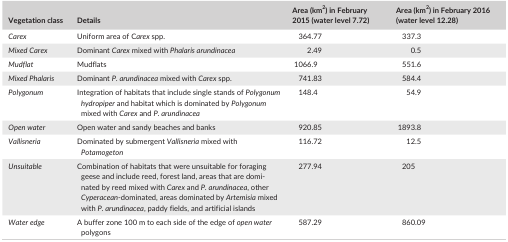
<table><thead><tr><td><b>Vegetation class</b></td><td><b>Details</b></td><td><b>Area (km<sup>2</sup>) in February 2015 (water level 7.72)</b></td><td><b>Area (km<sup>2</sup>) in February 2016 (water level 12.28)</b></td></tr></thead><tbody><tr><td><i>Carex</i></td><td>Uniform area of C<i>arex</i> spp.</td><td>364.77</td><td>337.3</td></tr><tr><td><i>Mixed Carex</i></td><td>Dominant <i>Carex</i> mixed with <i>Phalaris arundinacea</i></td><td>2.49</td><td>0.5</td></tr><tr><td><i>Mudflat</i></td><td>Mudflats</td><td>1066.9</td><td>551.6</td></tr><tr><td><i>Mixed Phalaris</i></td><td>Dominant <i>P. arundinacea</i> mixed with <i>Carex</i> spp.</td><td>741.83</td><td>584.4</td></tr><tr><td><i>Polygonum</i></td><td>Integration of habitats that include single stands of <i>Polygonum hydropiper</i> and habitat which is dominated by <i>Polygonum</i> mixed with <i>Carex</i> and <i>P. arundinacea</i></td><td>148.4</td><td>54.9</td></tr><tr><td><i>Open water</i></td><td>Open water and sandy beaches and banks</td><td>920.85</td><td>1893.8</td></tr><tr><td><i>Vallisneria</i></td><td>Dominated by submergent <i>Vallisneria</i> mixed with <i>Potamogeton</i></td><td>116.72</td><td>12.5</td></tr><tr><td><i>Unsuitable</i></td><td>Combination of habitats that were unsuitable for foraging geese and include reed, forest land, areas that are dominated by reed mixed with <i>Carex</i> and <i>P. arundinacea</i>, other <i>Cyperacean</i>‐dominated, areas dominated by <i>Artemisia</i> mixed with <i>P. arundinacea</i>, paddy fields, and artificial islands</td><td>277.94</td><td>205</td></tr><tr><td><i>Water edge</i></td><td>A buffer zone 100 m to each side of the edge of <i>open water</i> polygons</td><td>587.29</td><td>860.09</td></tr></tbody></table>